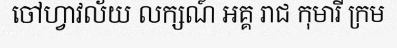
ចៅហ្វាវល័យ លក្សណ៍ អគ្គ រាជ កុមារី ក្រម